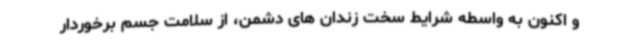
و اکنون به واسطه شرایط سخت زندان های دشمن، از سلامت جسم برخوردار